Martna_vallavalitsus, lk 33
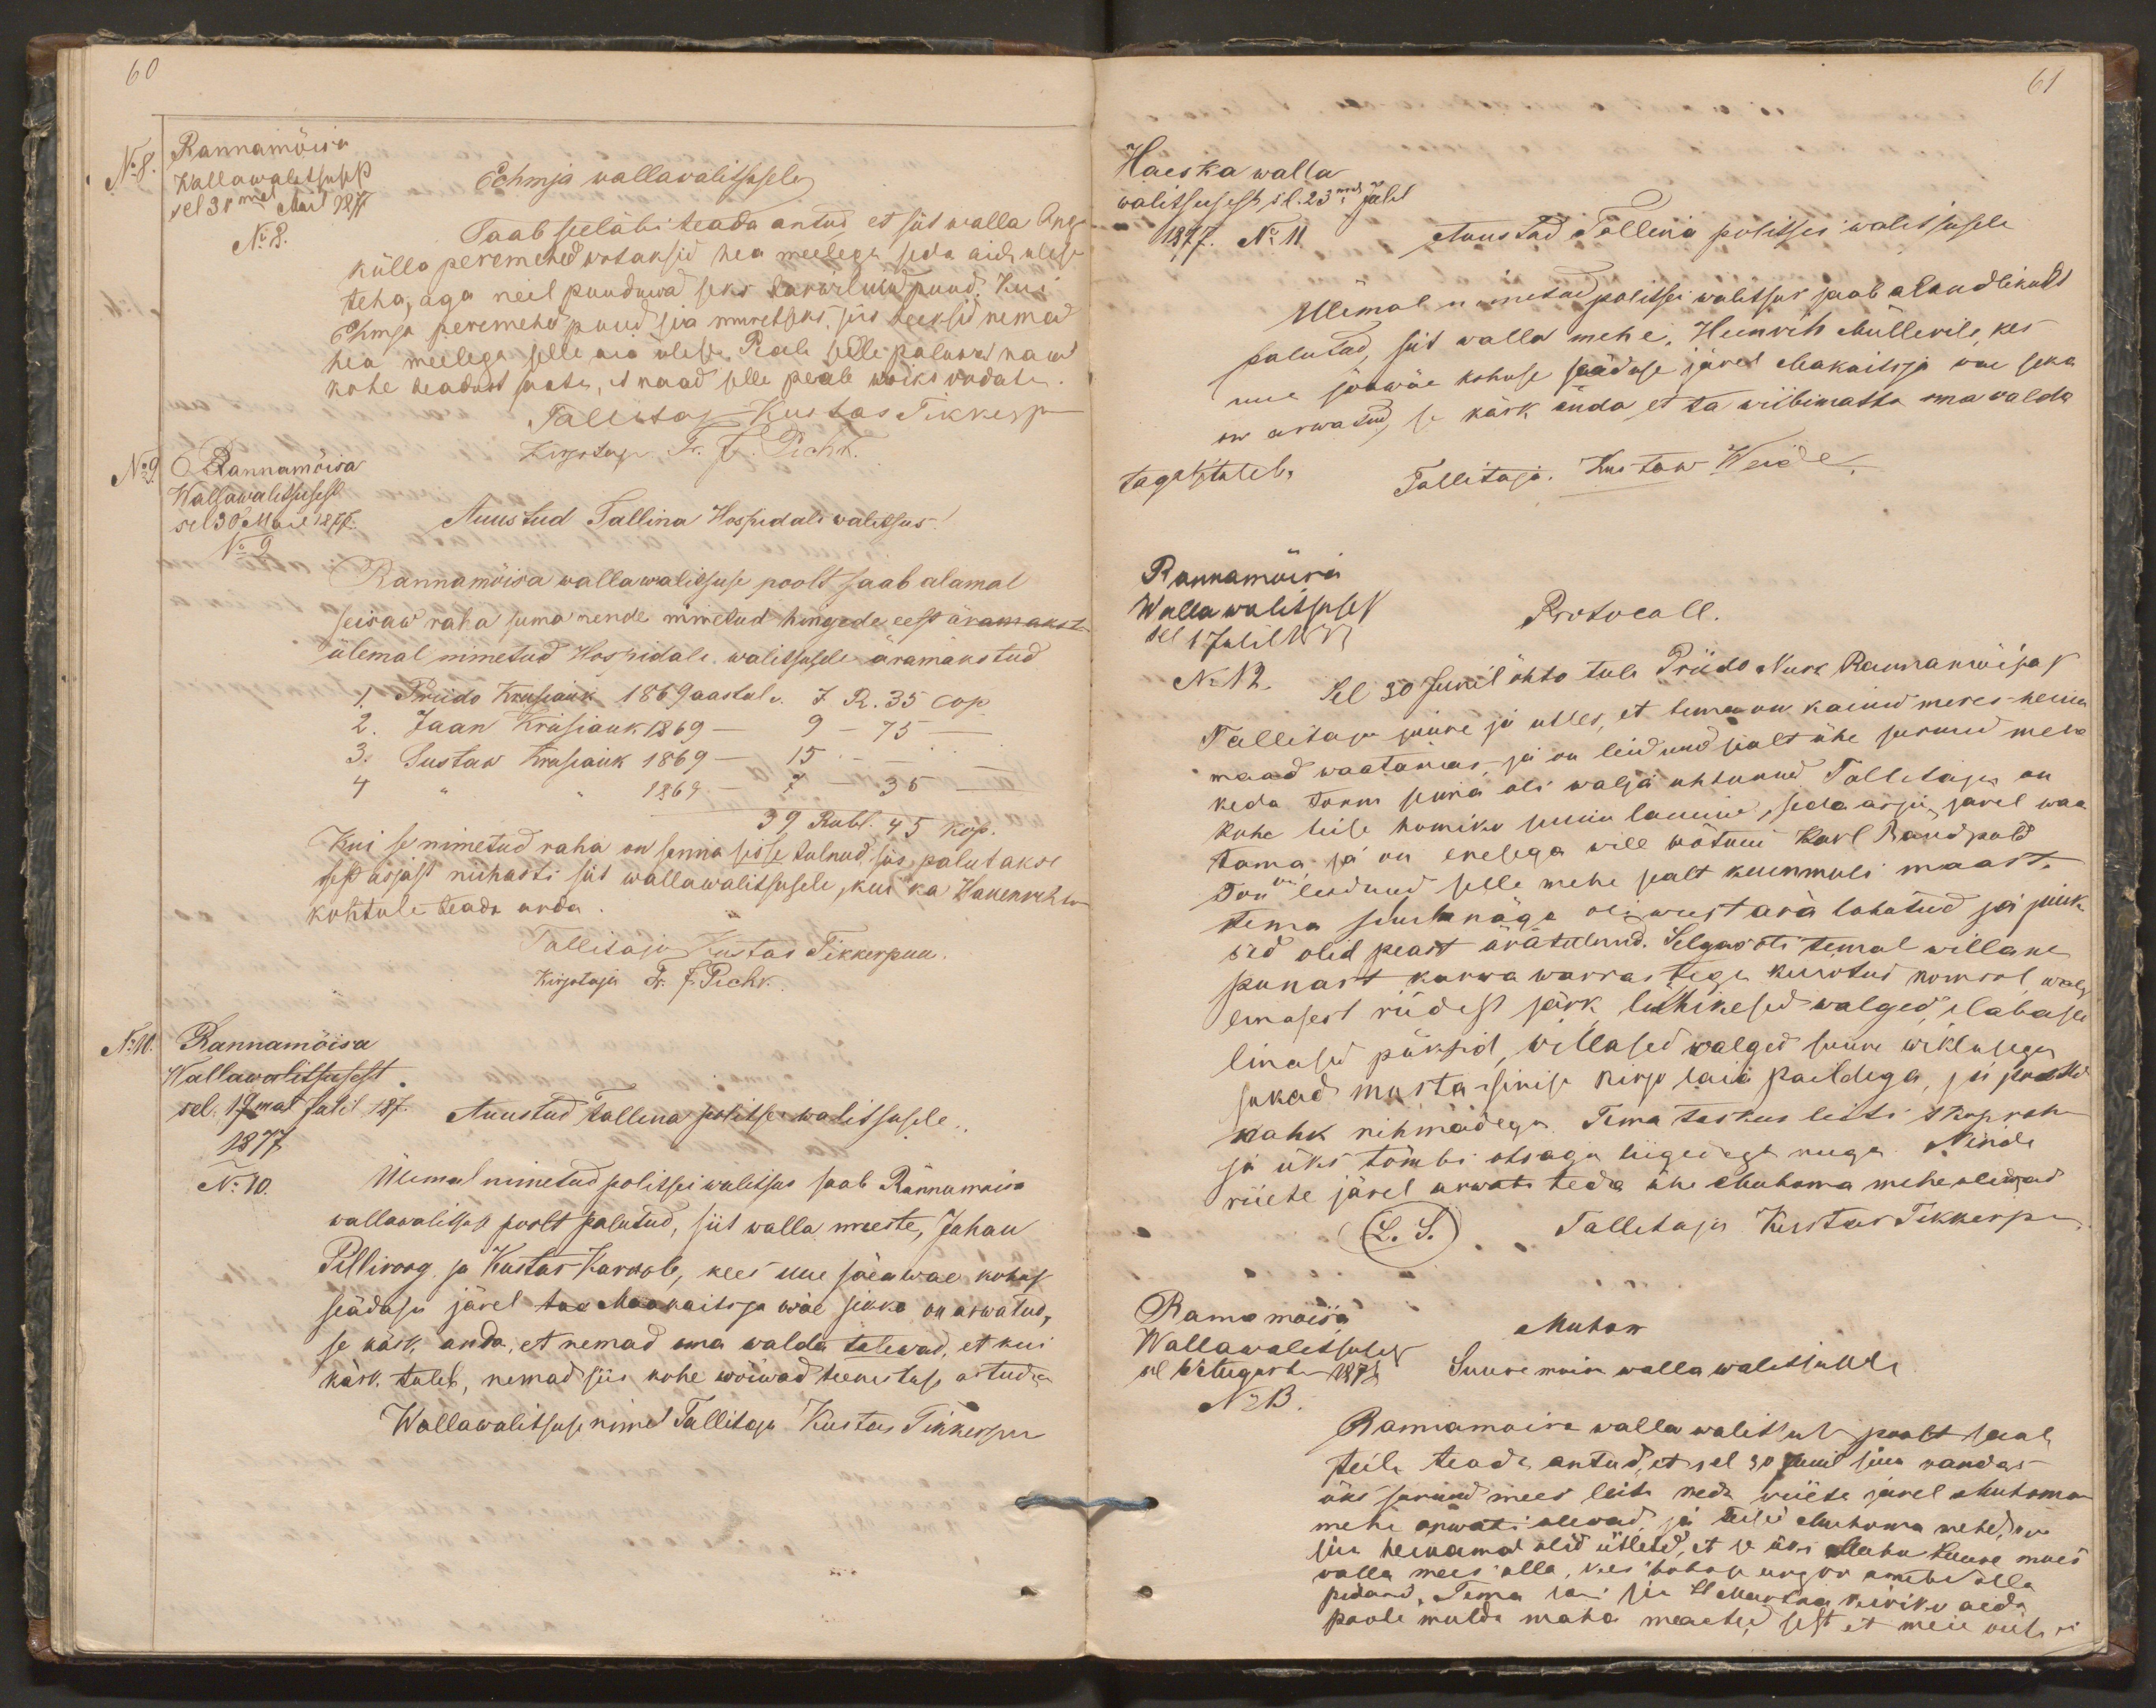
60
No 8.
Rannamõisa
Echmja wallawalitsusele
Wallawalitsusest
sel 31mel Mail 1877
No 8.
Saab seeläbi teada antud, et siit walla Ang-
külla peremehed wotaksid hea meelega seda aida ulese
teha, aga neil puuduwad seks tarwilikud puud. Kui
Ehmja peremehed puud siia muretseks, siis teeksid nemad
hea meelega selle aia ulese. Peale selle paluwad naad
kohe teadust saata, et naad selle peale wõiks oodata
Tallitaja Kustas Tikkerpuu
No9.
Rannamõisa
Kirjotaja Fr. J. Pichk.
Wallawalitsusest
sel 30 Mail 1877.
Auustud Tallina Hospitali walitsus!
No 9.
Rannamõisa wallawalitsuse poolt saab alamal
seisaw raha suma nende nimetud hingede eest äramakst
ülemal nimetatud Hospitali walitsusele äramakstud
1. Priido Krusiauk 1869 aastal v. 7. R. 35 cop
2. Jaan Krusiauk 1869 - 9 - 75 -
3. Gustav Krusiauk 1869 - 15 - - -
4 " " 1869 - 7 - 35 -
39 Rubl. 45 kop.
Kui se nimetud raha on senna sisse tulnud, siis palutakse
sest asjast niihasti siit wallawalitsusele, kui ka Hakenrihtri
kohtule teada anda.
Tallitaja Kustas Tikkerpuu
Kirjotaja Fr. J. Pichk.
No10.
Rannamõisa
Wallawalitsusest
sel 19mal Julil 187.
Auustud Tallina politsei walitsusele.
1877
No 10.
Ülemal nimetatud politsei walitsus saab Rannamoisa
wallawalitsuse poolt palutud, siit walla meeste, Juhan
Pilliroog ja Kustas Karrole, kees uue sõeawae kohus
seäduse järel taa Maakaitsja wäe sekka on arwatud,
se käsk, anda, et nemad oma walda tulewad, et kui
käsk tuleb, nemad siis kohe wõiwad teenistuse astuda
Wallawalitsuse nimel Tallitaja Kustas Tikkerpu

61
Haeska walla
walitsusest sel 23mal Julil
1877. No 11
Auustud Tallina politsei walitsusele
Ülemal nimetud politsei walitsus saab alandlikult
palutud, siit walla mehe, Heinrih Müllerile, kes
uue sõawäe kohuse saäduse järel Makaitsja wae seka
on arwatud, se käsk anda et ta wiibimatta oma walda
tagasituleb.
Tallitaja. Kustaw Weide.
Rannamõisa
Wallawalitsuses
Protocoll.
sel 1 Julil 1877
No 12.
Sel 30 Junil õhto tuli Priido Nurk Rannamõisast
Tallitaja juure ja utles, et tema on kainud meres heina
maad waatamas, ja on leidnud sealt ühe surnud mehe
keda torm senna oli walja uhtunud. Tallitaja on
kohe teise homiku sinna lainud, seda asja järel waa
tama, ja on enesega well wõtnud Karl Raudpold
Ton on leidnud selle mehe sealt kummuli maast,
Tema silmlanägo oli weest ära lohutud ja juuk
sed olid peast äratulnud. Selgas oli temal willane
punast karwa warrastega kuiotud komsol, walge
linasest riidest särk lühikesed walged, labased
linased püksid, willased walged suure wiklusega
sukad musta-sinise kirjo laia paeldega, ja peeti
nahk rihmadega. Tema taskus leiti 1 kopraha
ja üks tömbi otsaga liigedega nuga. Nende
riiete järel arwata teda ühe Muhoma mehe olewad
L. S.
Tallitaja Kustas Tikkerpu
Ranna moisa
Muhon
Wallawalitsusest
sel 6 August 1878
Suure moisa walla walitsusele
No13
Rannamoisa walla walitsuse poolt saab
teile teada antud, et sel 30 Junil siia randas
üks surnud mees leitu keda riiete jarel Muhoma
mehe arwati olewad, ja teised Muhoma mehed, kes
siin heinamal olid ütlesid, et se üks Muho-Suure mois
walla mees olla, kes kohab ungru ametid olla
pidanud, Tema sai sia St Martna kiriku aeda
poole mulda maha meated, sest et meie oiete ei